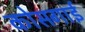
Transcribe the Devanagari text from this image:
कोसगाई